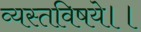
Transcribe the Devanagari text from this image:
व्यस्तविषये।।